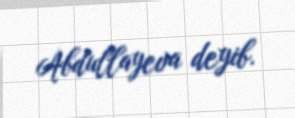
Abdullayeva deyib.